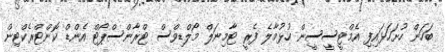
ބަހަން ހުށަހަޅައިފި އެމްޓީސީސީން ހުޅުމާލެ ފެރީ ޓާމިނަލް މޯލްޑިވްސް ޓްރާންސްޕޯޓް އެންޑް ކޮންޓްރެކްޓިން